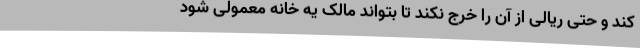
کند و حتی ریالی از آن را خرج نکند تا بتواند مالک یه خانه معمولی شود